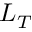
L _ { T }